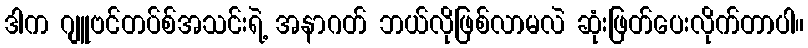
ဒါက ဂျူဗင်တပ်စ်အသင်းရဲ့ အနာဂတ် ဘယ်လိုဖြစ်လာမလဲ ဆုံးဖြတ်ပေးလိုက်တာပါ။